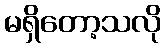
မရှိတော့သလို